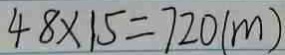
4 8 \times 1 5 = 7 2 0 ( m )